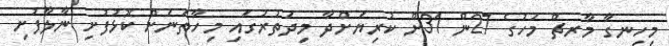
މިހިނގާ މާރޗް މަހުގެ 27ން 31ށް ކުރިޔަށްދާ މިދަތުރުގައި މިހާތަނަށް ކޮޅުފުށި ނާލާފުށި